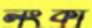
লংকা